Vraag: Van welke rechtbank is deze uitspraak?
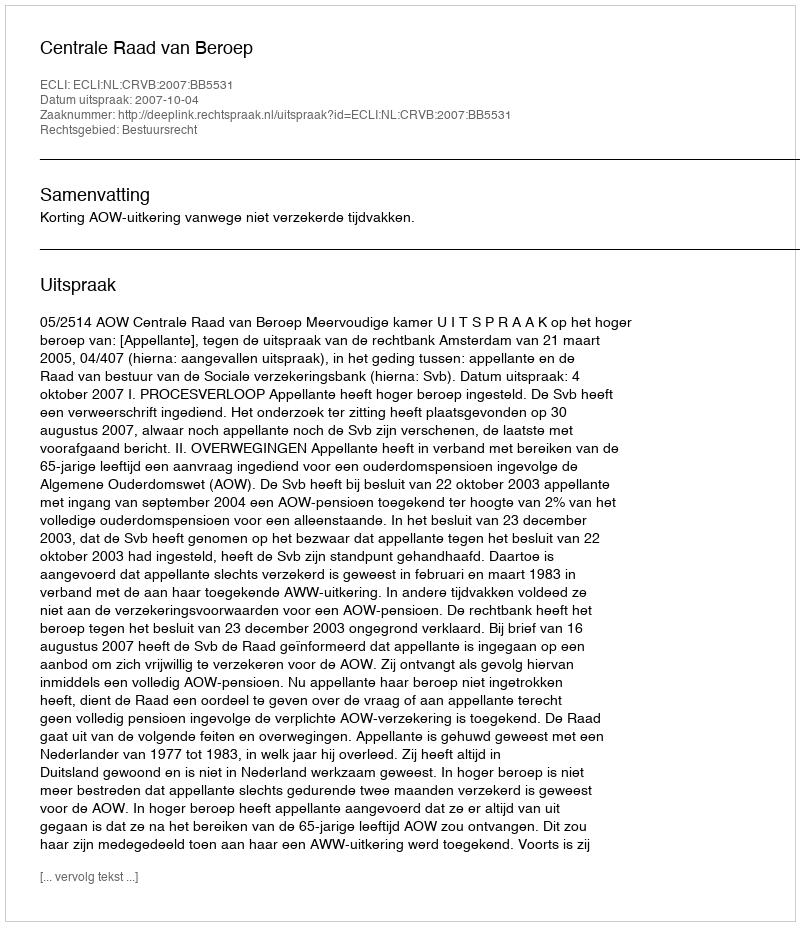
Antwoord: Centrale Raad van Beroep